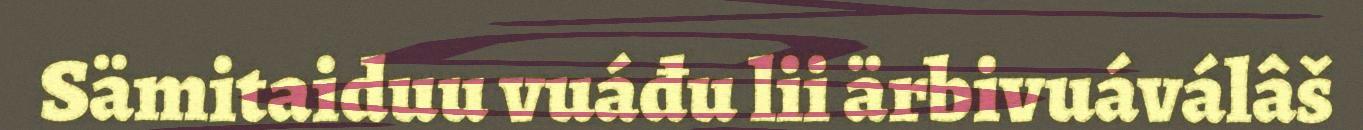
Sämitaiduu vuáđu lii ärbivuáválâš